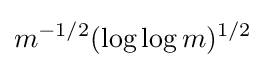
m^{-1/2}(\log \log m)^{1/2}